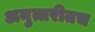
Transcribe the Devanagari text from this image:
अनुत्तरीतच